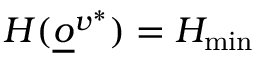
H ( \underline { o } ^ { v ^ { * } } ) = H _ { \operatorname* { m i n } }